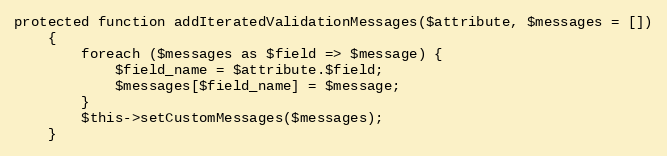
Language: PHP
protected function addIteratedValidationMessages($attribute, $messages = [])
    {
        foreach ($messages as $field => $message) {
            $field_name = $attribute.$field;
            $messages[$field_name] = $message;
        }
        $this->setCustomMessages($messages);
    }